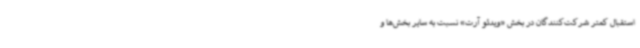
استقبال کمتر شرکت‌کنندگان در بخش «ویدئو آرت» نسبت به سایر بخش‌ها و